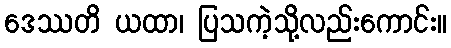
ဒေဿတိ ယထာ၊ ပြသကဲ့သို့လည်းကောင်း။